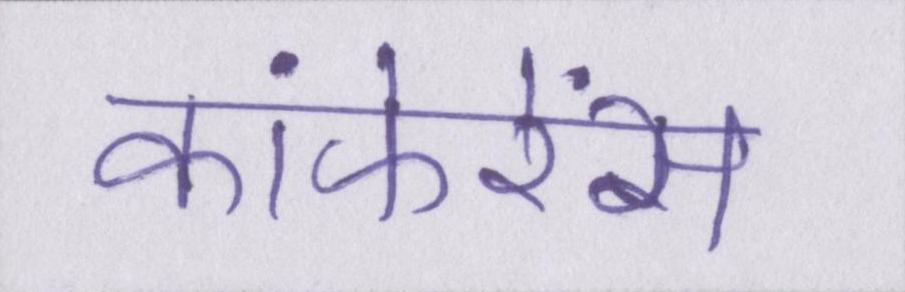
कांफेरेंस